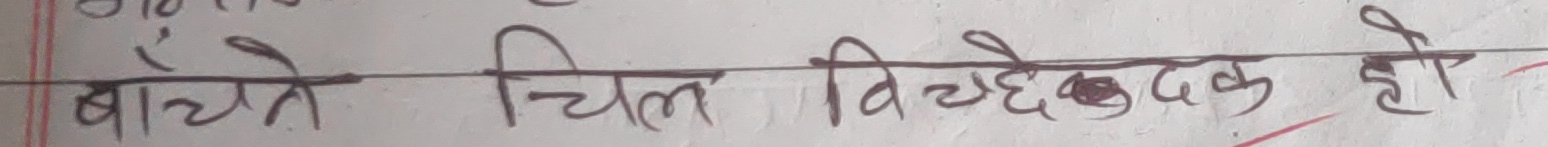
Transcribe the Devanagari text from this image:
बाँचे चिल विचेदक हो